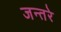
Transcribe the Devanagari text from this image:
जन्तरे